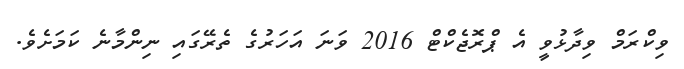
ވިކްރަމް ވިދާޅުވީ އެ ޕްރޮޖެކްޓް 2016 ވަނަ އަހަރުގެ ތެރޭގައި ނިންމާނެ ކަމަށެވެ.